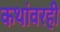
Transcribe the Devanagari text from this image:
कथांवरही